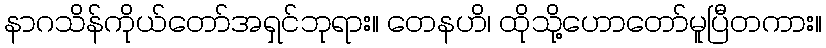
နာဂသိန်ကိုယ်တော်အရှင်ဘုရား။ တေနဟိ၊ ထိုသို့ဟောတော်မူပြီတကား။